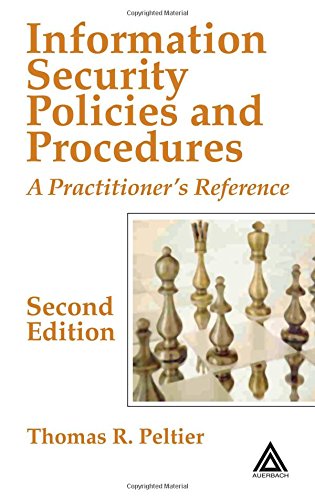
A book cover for Information Security Policies and Procedures: A Practitioner's Reference, Second Edition; Thomas R. Peltier; Engineering & Transportation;